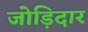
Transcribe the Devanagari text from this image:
जोड़िदार